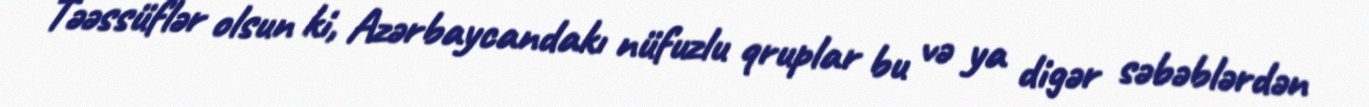
Təəssüflər olsun ki, Azərbaycandakı nüfuzlu qruplar bu və ya digər səbəblərdən